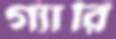
গ্যারি